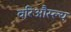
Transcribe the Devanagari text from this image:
वरिऔस्ल्य